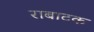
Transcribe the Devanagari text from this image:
राबाटक